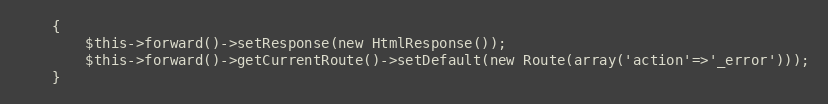
Language: PHP
	{
		$this->forward()->setResponse(new HtmlResponse());
		$this->forward()->getCurrentRoute()->setDefault(new Route(array('action'=>'_error')));
	}